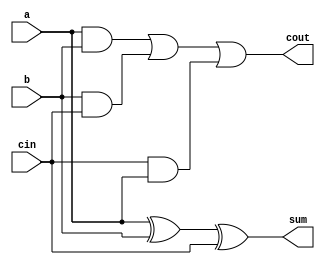
`timescale 1ns / 1ps
//////////////////////////////////////////////////////////////////////////////////
// Company: 
// Engineer: 
// 
// Design Name: 
// Module Name:    seven_bit_adder 
// Project Name: 
// Target Devices: 
// Tool versions: 
// Description: 
//
// Dependencies: 
//
// Revision: 
// Revision 0.01 - File Created
// Additional Comments: 
//
//////////////////////////////////////////////////////////////////////////////////
module full_adder(a,b,cin,sum,cout);
input a;
input b;
input cin;
output sum;
wire sum;
output cout;
wire cout;
assign sum = a^b^cin;
assign cout = (a&b)|(b&cin)|(cin&a);
endmodule

module seven_bit_adder(PB1,PB2,PB3,PB4,a,z,carry);
input PB1;
input PB2;
input PB3;
input PB4;
input[3:0] a;
reg [6:0] x;
reg [6:0] y;
always @( posedge PB1) begin
   x[3:0] <= a;
	end

always @(posedge PB2) begin
   x[6:4] <= a[2:0];
	end


always @(posedge PB3) begin
   y[3:0] <= a;
	end


always @(posedge PB4) begin
   y[6:4] <= a[2:0];
	end

output carry;
wire carry;
output [6:0] z;
wire [6:0] z;
wire carry0;
wire carry1;
wire carry2;
wire carry3;
wire carry4;
wire carry5;

full_adder FA0 (x[0], y[0], 1'b0, z[0], carry0);
full_adder FA1 (x[1], y[1], carry0, z[1], carry1);
full_adder FA2 (x[2], y[2], carry1, z[2], carry2);
full_adder FA3 (x[3], y[3], carry2, z[3], carry3);
full_adder FA4 (x[4], y[4], carry3, z[4], carry4);
full_adder FA5 (x[5], y[5], carry4, z[5], carry5);
full_adder FA6 (x[6], y[6], carry5, z[6], carry);
endmodule